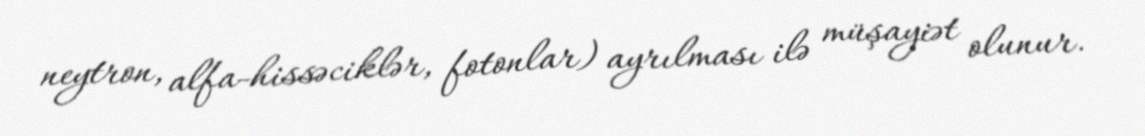
neytron, alfa-hissəciklər, fotonlar) ayrılması ilə müşayiət olunur.